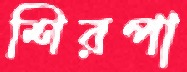
শিরপা